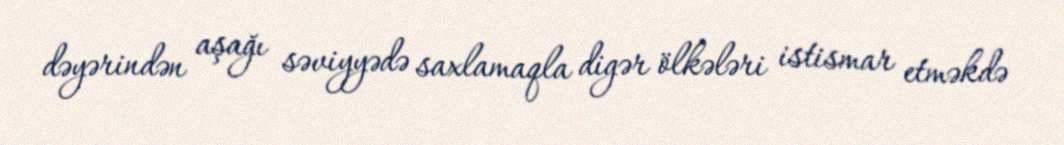
dəyərindən aşağı səviyyədə saxlamaqla digər ölkələri istismar etməkdə